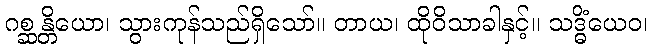
ဂစ္ဆန္တိယော၊ သွားကုန်သည်ရှိသော်။ တာယ၊ ထိုဝိသာခါနှင့်။ သဒ္ဓိံယေဝ၊